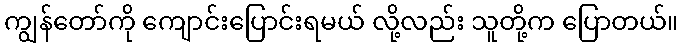
ကျွန်တော်ကို ကျောင်းပြောင်းရမယ် လို့လည်း သူတို့က ပြောတယ်။